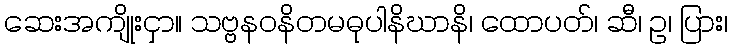
ဆေးအကျိုးငှာ။ သဗ္ဗနဝနိတမဓုပါနိဃာနိ၊ ထောပတ်၊ ဆီ၊ ဥ၊ ပြား၊